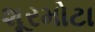
શૂરમોટા